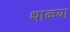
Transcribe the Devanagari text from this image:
थाळ्या